Indian journal of veterinary science and animal husbandry - Volume 7,
Year: 1937
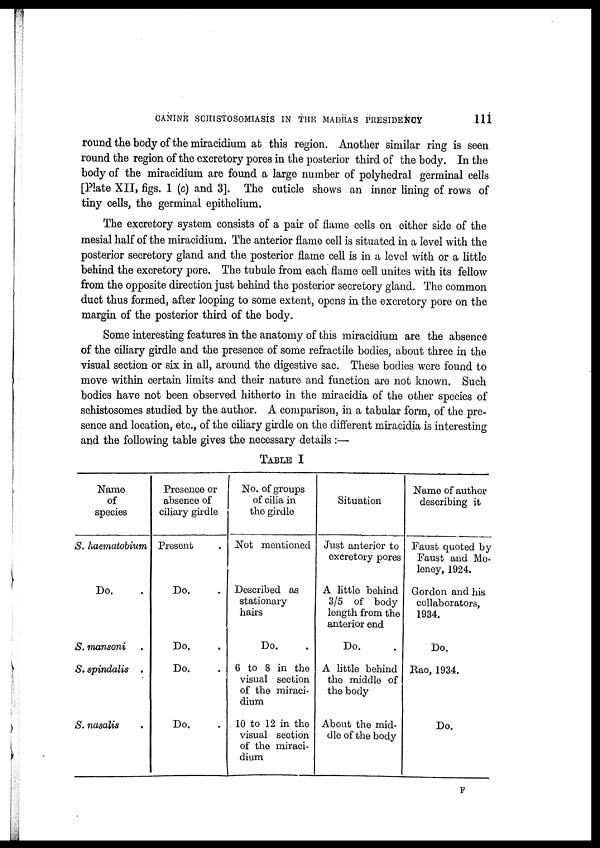
CANINE SCHISTOSOMIASIS IN THE MADRAS PRESIDENCY
111
round the body of the miracidium at this region. Another similar ring is seen
round the region of the excretory pores in the posterior third of the body. In the
body of the miracidium are found a large number of polyhedral germinal cells
[Plate XII, figs. 1 (c) and 3]. The cuticle shows an inner lining of rows of
tiny cells, the germinal epithelium.
The excretory system consists of a pair of flame cells on either side of the
mesial half of the miracidium. The anterior flame cell is situated in a level with the
posterior secretory gland and the posterior flame cell is in a level with or a little
behind the excretory pore. The tubule from each flame cell unites with its fellow
from the opposite direction just behind the posterior secretory gland. The common
duct thus formed, after looping to some extent, opens in the excretory pore on the
margin of the posterior third of the body.
Some interesting features in the anatomy of this miracidium are the absence
of the ciliary girdle and the presence of some refractile bodies, about three in the
visual section or six in all, around the digestive sac. These bodies were found to
move within certain limits and their nature and function are not known. Such
bodies have not been observed hitherto in the miracidia of the other species of
schistosomes studied by the author. A comparison, in a tabular form, of the pre-
sence and location, etc., of the ciliary girdle on the different miracidia is interesting
and the following table gives the necessary details :—
TABLE I
Name
of
species
S. haematobium
Do. .
S. mansoni .
S. spindalis .
S. nasalis .
Presence or
absence of
ciliary girdle
Present .
Do. .
Do. .
Do. .
Do. .
No. of groups
of cilia in
the girdle
Not mentioned
Described as
stationary
hairs
Do. .
6 to 8 in the
visual section
of the miraci-
dium
10 to 12 in the
visual section
of the miraci-
dium
Situation
Just anterior to
excretory pores
A little behind
3/5 of body
length from the
anterior end
Do. .
A little behind
the middle of
the body
About the mid-
dle of the body
Name of author
describing it
Faust quoted by
Faust and Me-
leney, 1924.
Gordon and his
collaborators,
1934.
Do.
Rao, 1934.
Do.
F